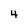
Character: 4